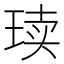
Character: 𪻨